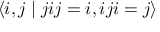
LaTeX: \langle i , j \mid j i j = i , i j i = j \rangle